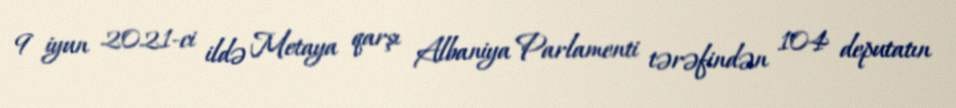
9 iyun 2021-ci ildə Metaya qarşı Albaniya Parlamenti tərəfindən 104 deputatın